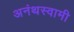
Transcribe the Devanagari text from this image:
अनंथस्वामी